Insane asylums Bombay 1873-77 - 1873-1877
Year: 1873
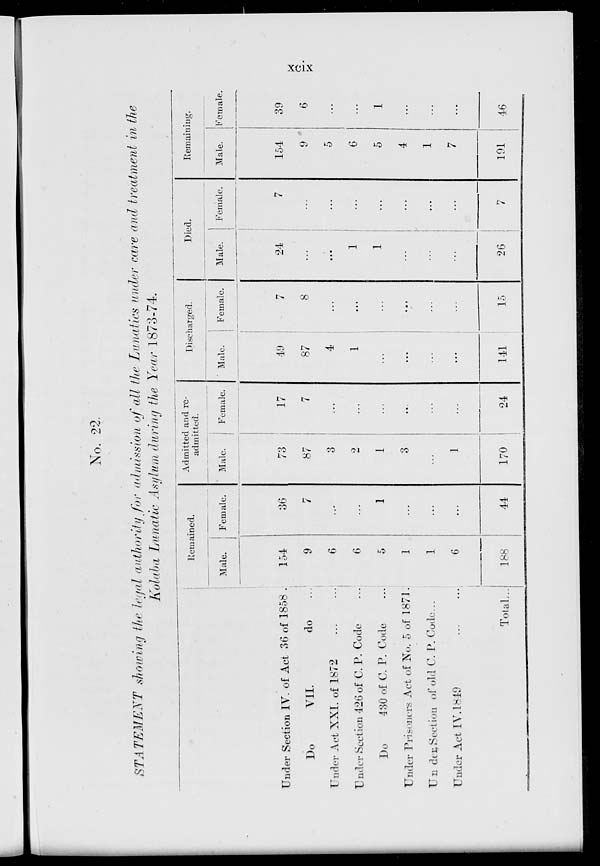
xcix
No. 22.
STATEMENT showing the legal authority for admission of all the Lunatics under care and treatment in the
Kolaba Lunatic Asylum during the Year 1873-74.
Under Section IV. of Act 36 of 1858 .
Do
VII.
do ...
Under Act XXI. of 1872
...
...
Under Section 426 of C. P. Code ...
Do
430 of C. P. Code ...
Under Prisoners Act of No. 5 of 1871.
Under Section of old C. P. Code ...
Under Act IV. 1849
...
...
Total ...
Remained.
Male.
154
9
6
6
5
1
1
6
188
Female.
36
7
...
...
1
...
...
...
44
Admitted and re-
admitted.
Male.
73
87
3
2
1
3
...
1
170
Female.
17
7
...
...
...
...
...
...
24
Discharged.
Male.
49
87
4
1
...
...
...
...
141
Female.
7
8
...
...
1
...
...
...
15
Died.
Male.
24
...
...
1
...
...
...
...
26
Female.
7
...
...
...
...
...
...
...
7
Remaining.
Male.
154
9
5
6
5
4
1
7
191
Female.
39
6
...
...
1
...
...
...
46